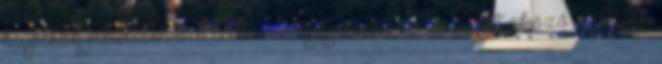
kapcsok felületén balesetveszélyt jelentõ és sérülést okozó éles élek